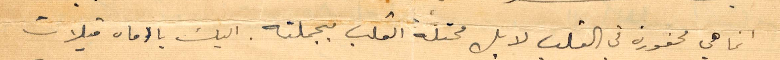
انما هي محفورة في القلب لا بل محتلة القلب بجملته. اليك يا أماه قبلات